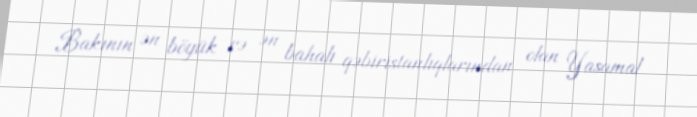
Bakının ən böyük və ən bahalı qəbiristanlıqlarından olan Yasamal